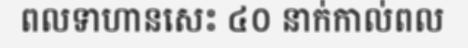
ពលទាហានសេះ ៤០ នាក់កាល់ពល